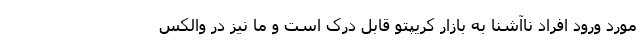
مورد ورود افراد ناآشنا به بازار کریپتو قابل درک است و ما نیز در والکس